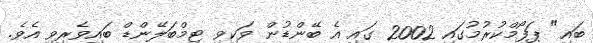
ބައި" ޕަފޯމްކުރުމުގައި 2002 ގައި އެ ބޭންޑުން ވަކިވި ޓިމްބަލޭންޑް ބައިވެރިވި އެވެ.